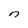
Character: n